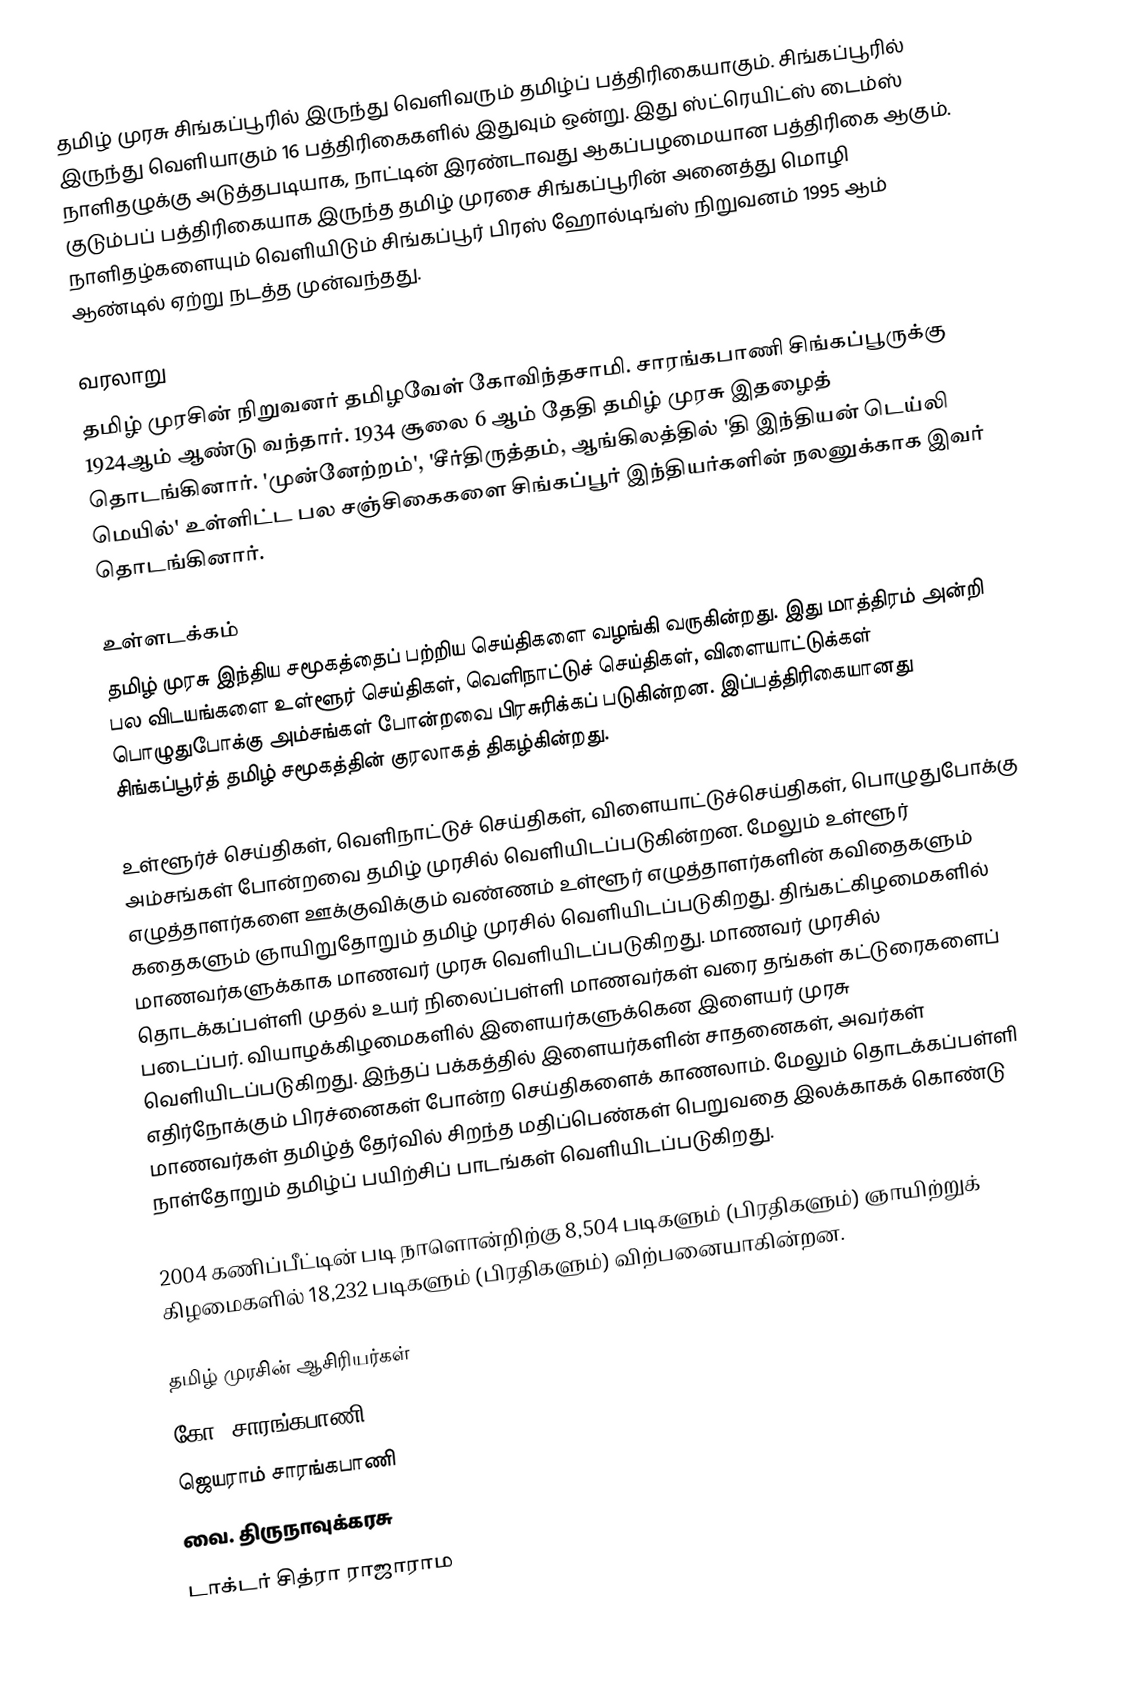
தமிழ் முரசு சிங்கப்பூரில் இருந்து வெளிவரும் தமிழ்ப் பத்திரிகையாகும். சிங்கப்பூரில் இருந்து வெளியாகும் 16 பத்திரிகைகளில் இதுவும் ஒன்று. இது ஸ்ட்ரெயிட்ஸ் டைம்ஸ் நாளிதழுக்கு அடுத்தபடியாக, நாட்டின் இரண்டாவது ஆகப்பழமையான பத்திரிகை ஆகும். குடும்பப் பத்திரிகையாக இருந்த தமிழ் முரசை சிங்கப்பூரின் அனைத்து மொழி நாளிதழ்களையும் வெளியிடும் சிங்கப்பூர் பிரஸ் ஹோல்டிங்ஸ் நிறுவனம் 1995 ஆம் ஆண்டில் ஏற்று நடத்த முன்வந்தது.

வரலாறு
தமிழ் முரசின் நிறுவனர் தமிழவேள் கோவிந்தசாமி. சாரங்கபாணி சிங்கப்பூருக்கு 1924ஆம் ஆண்டு வந்தார். 1934 சூலை 6 ஆம் தேதி தமிழ் முரசு இதழைத் தொடங்கினார். 'முன்னேற்றம்', 'சீர்திருத்தம், ஆங்கிலத்தில் 'தி இந்தியன் டெய்லி மெயில்' உள்ளிட்ட பல சஞ்சிகைகளை சிங்கப்பூர் இந்தியர்களின் நலனுக்காக இவர் தொடங்கினார்.

உள்ளடக்கம்
தமிழ் முரசு இந்திய சமூகத்தைப் பற்றிய செய்திகளை வழங்கி வருகின்றது. இது மாத்திரம் அன்றி பல விடயங்களை உள்ளூர் செய்திகள், வெளிநாட்டுச் செய்திகள், விளையாட்டுக்கள் பொழுதுபோக்கு அம்சங்கள் போன்றவை பிரசுரிக்கப் படுகின்றன. இப்பத்திரிகையானது சிங்கப்பூர்த் தமிழ் சமூகத்தின் குரலாகத் திகழ்கின்றது.

உள்ளூர்ச் செய்திகள், வெளிநாட்டுச் செய்திகள், விளையாட்டுச்செய்திகள், பொழுதுபோக்கு அம்சங்கள் போன்றவை தமிழ் முரசில் வெளியிடப்படுகின்றன. மேலும் உள்ளூர் எழுத்தாளர்களை ஊக்குவிக்கும் வண்ணம் உள்ளூர் எழுத்தாளர்களின் கவிதைகளும் கதைகளும் ஞாயிறுதோறும் தமிழ் முரசில் வெளியிடப்படுகிறது. திங்கட்கிழமைகளில் மாணவர்களுக்காக மாணவர் முரசு வெளியிடப்படுகிறது.  மாணவர் முரசில் தொடக்கப்பள்ளி முதல் உயர் நிலைப்பள்ளி மாணவர்கள் வரை தங்கள் கட்டுரைகளைப் படைப்பர். வியாழக்கிழமைகளில் இளையர்களுக்கென இளையர் முரசு வெளியிடப்படுகிறது. இந்தப் பக்கத்தில் இளையர்களின் சாதனைகள், அவர்கள் எதிர்நோக்கும் பிரச்னைகள் போன்ற செய்திகளைக் காணலாம். மேலும் தொடக்கப்பள்ளி மாணவர்கள் தமிழ்த் தேர்வில் சிறந்த மதிப்பெண்கள் பெறுவதை இலக்காகக் கொண்டு நாள்தோறும் தமிழ்ப் பயிற்சிப் பாடங்கள் வெளியிடப்படுகிறது.

2004 கணிப்பீட்டின் படி நாளொன்றிற்கு 8,504 படிகளும் (பிரதிகளும்) ஞாயிற்றுக் கிழமைகளில் 18,232 படிகளும் (பிரதிகளும்) விற்பனையாகின்றன.

தமிழ் முரசின் ஆசிரியர்கள்
 கோ. சாரங்கபாணி
 ஜெயராம் சாரங்கபாணி
 வை. திருநாவுக்கரசு
 டாக்டர் சித்ரா ராஜாராம